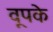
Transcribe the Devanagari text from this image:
वूपके